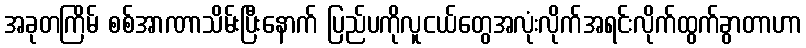
အခုတကြိမ် စစ်အာဏာသိမ်းပြီးနောက် ပြည်ပကိုလူငယ်တွေအလုံးလိုက်အရင်းလိုက်ထွက်ခွာတာဟာ